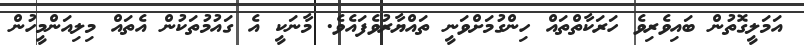
އަމަލީގޮތުން ބައިވެރިވެ ހަރަކާތްތައް ހިންގުމަށްވަނީ ތައްޔާރުވެފައެވެ. މާނަކީ އެ ގައުމުތަކުން އެތައް މިލިއަންމީހުން